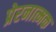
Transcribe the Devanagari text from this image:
प्रेरनात्मक